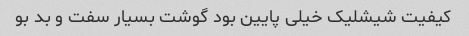
کیفیت شیشلیک خیلی پایین بود گوشت بسیار سفت و بد بو